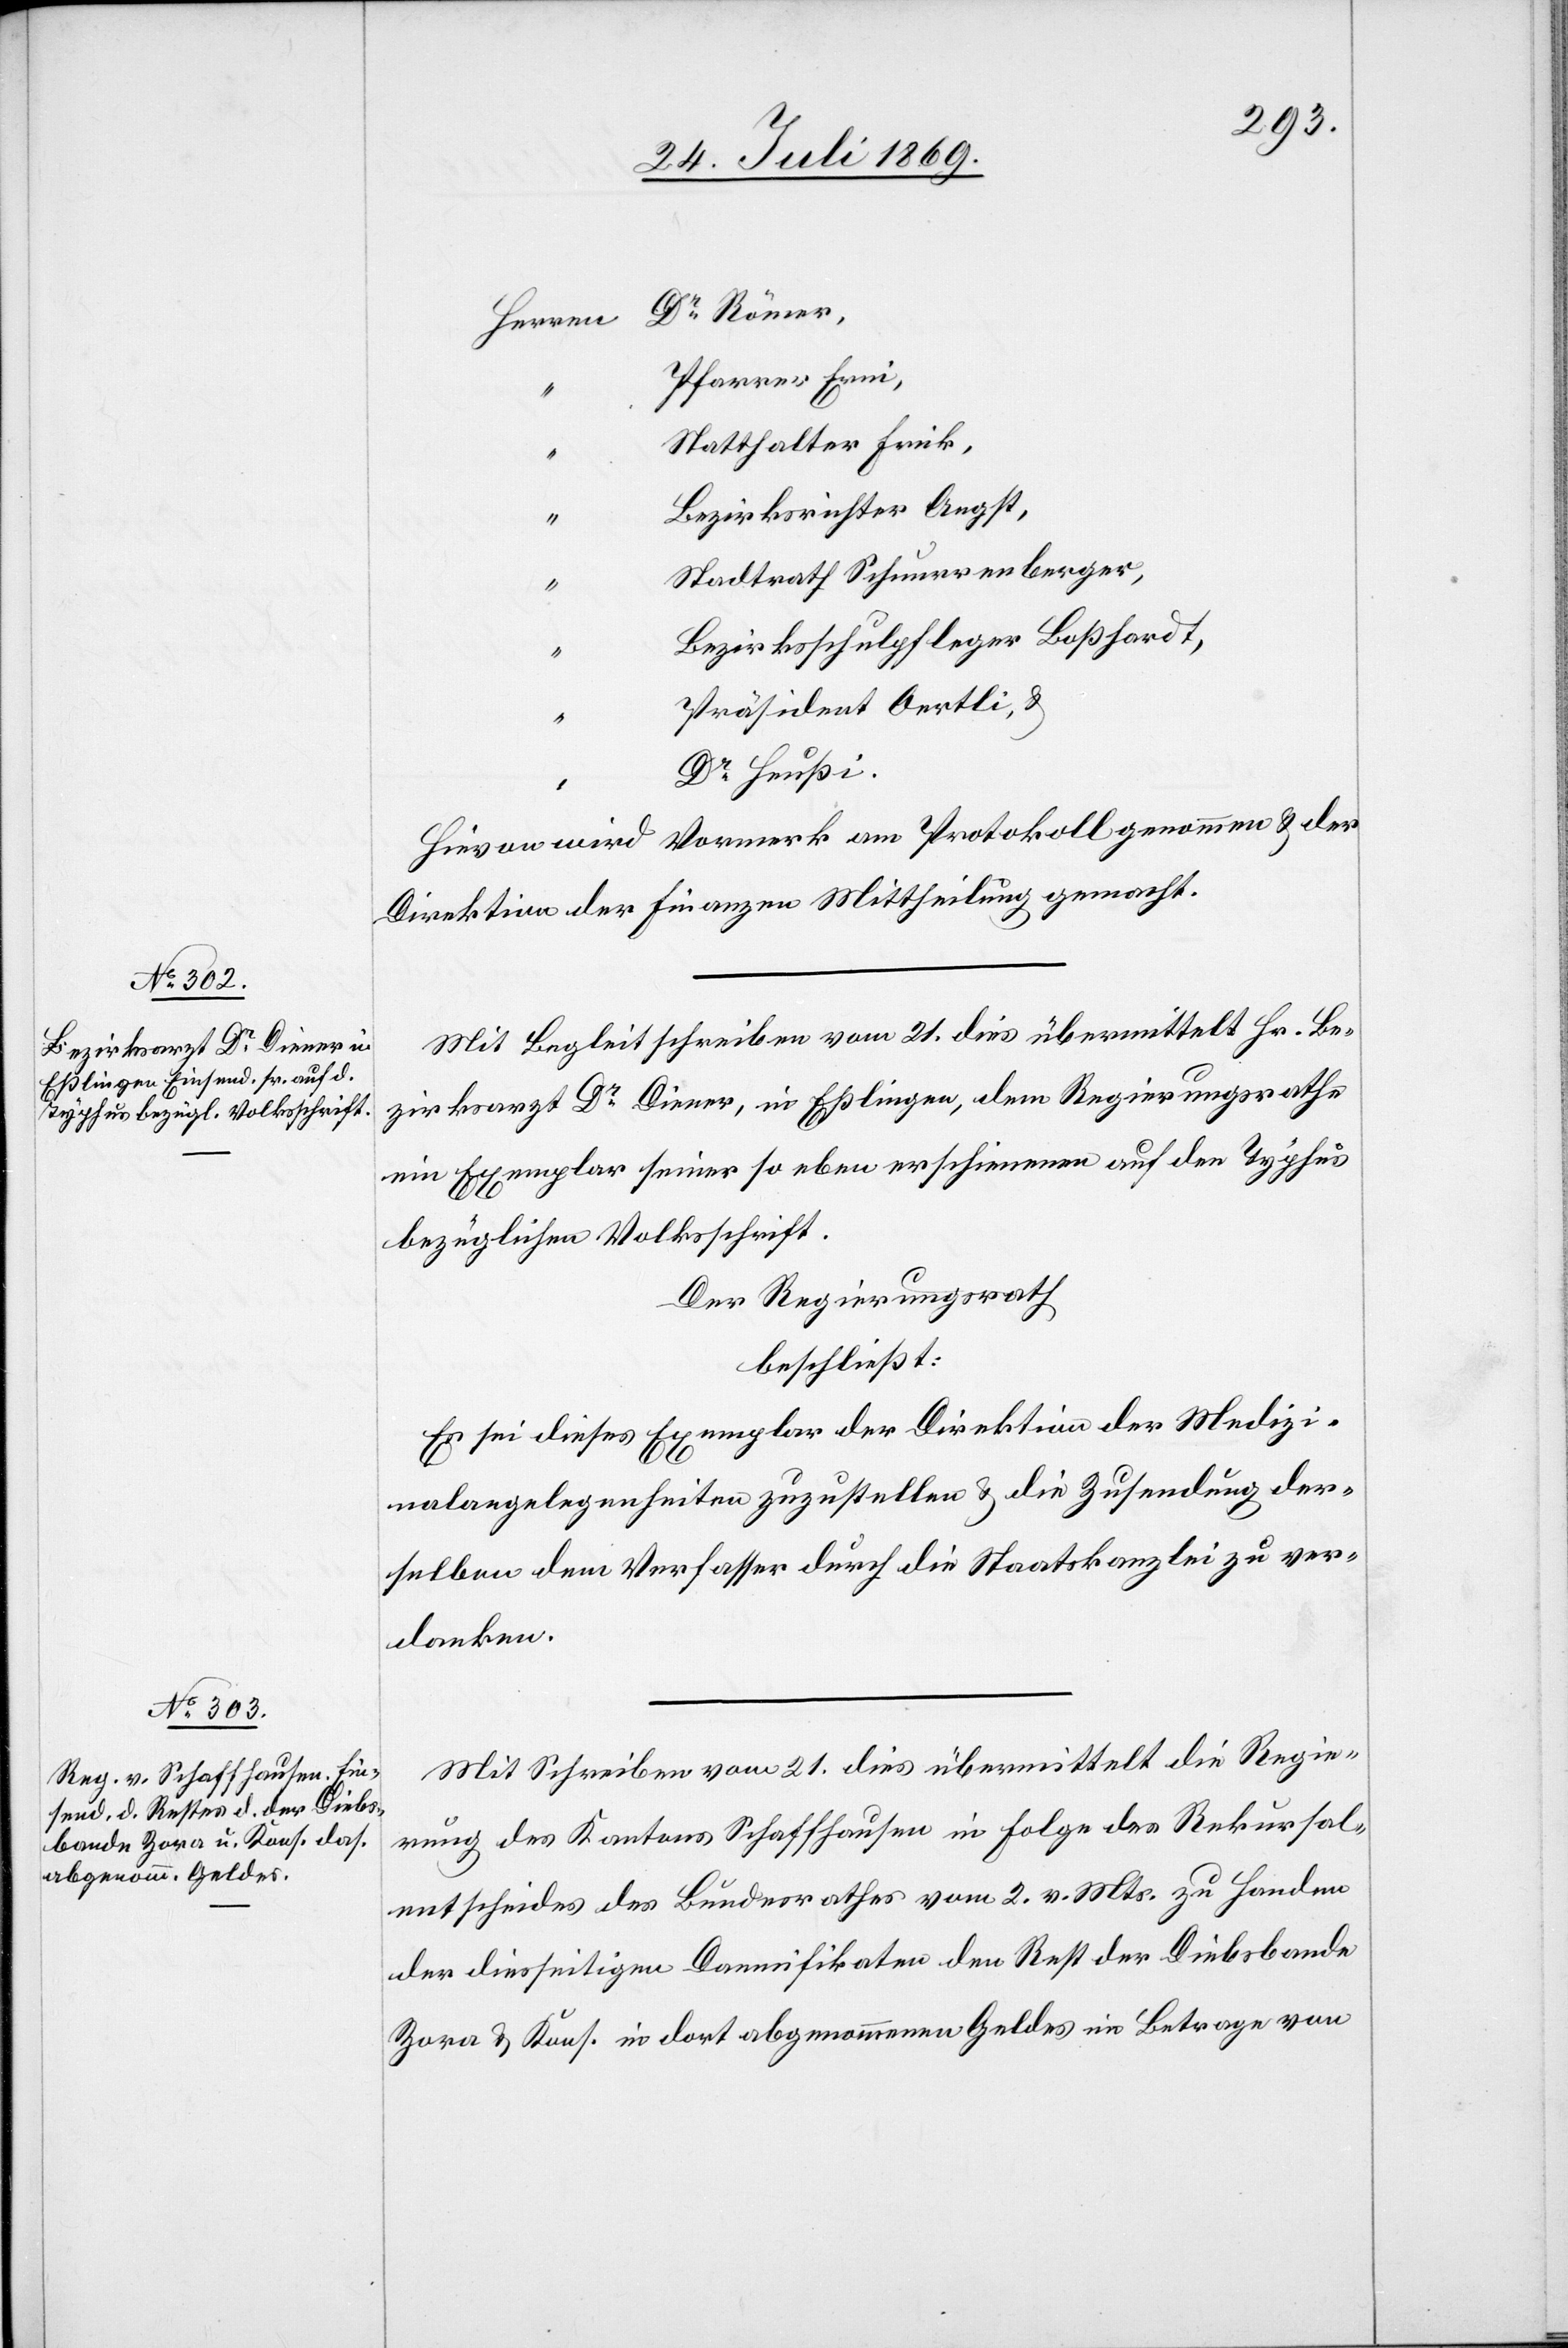
“		Pfarrer Erni,
“		Statthalter Frick,
“		Bezirksrichter Aegst,
“		Stadtrath Schnurrenberger,
“		Bezirksschulpfleger Boßhardt,
“		Präsident Oertli, u.
Hievon wird Vormerk am Protokoll genommen u. der
Direktion der Finanzen Mittheilung gemacht.
Mit Begleitschreiben vom 21 dies übermittelt Hr. Be¬
zirksarzt Dr Diener, in Eßlingen, dem Regierungsrathe
ein Exemplar seiner so eben erschienenen auf den Typhus
bezüglichen Volksschrift.
Der Regierungsrath
beschließt:
Es sei dieses Exemplar der Direktion der Medizi¬
nalangelegenheiten zuzustellen u. die Zusendung der¬
selben dem Verfasser durch die Staatskanzlei zu ver¬
danken.
Mit Schreiben vom 21 dies übermittelt die Regie¬
rung des Kantons Schaffhausen in Folge des Rekursal¬
entscheides des Bundesrathes vom 2 v. Mts. zu Handen
der diesseitigen Damnifikaten den Rest der Diebsbande
Zora u. Kons. in dort abgenommenen Geldes im Betrage von